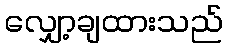
လျှော့ချထားသည်